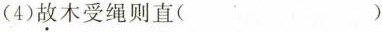
(4)故木受绳则直( )